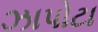
ઝાપોટા